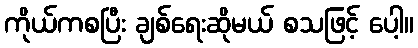
ကိုယ်ကစပြီး ချစ်ရေးဆိုမယ် စသဖြင့် ပေါ့။